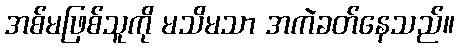
အစ်မဖြစ်သူကို မသိမသာ အကဲခတ်နေသည်။